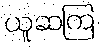
ယူဆကြ